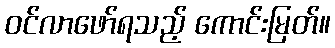
ဝင်လာဖော်ရသည့် ကောင်းမြတ်။